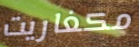
مكغاريت